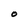
Character: O